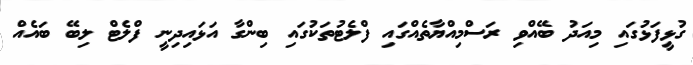
ގުޅީފަޅުގައި މިއަދު ބޭއްވި ރަސްމިއްޔާތެއްގައި ފްލެޓުތަކުގައި ބިންގާ އަޅައިދިނީ ފްލެޓް ލިބޭ ބައެއް